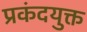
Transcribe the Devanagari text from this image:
प्रकंदयुक्त